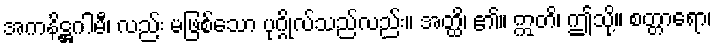
အကနိဋ္ဌဂါမီ၊ လည်း မဖြစ်သော ပုဂ္ဂိုလ်သည်လည်း။ အတ္ထိ၊ ၏။ ဣတိ၊ ဤသို့။ စတ္တာရော၊